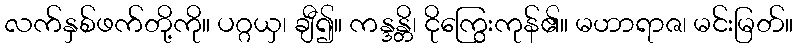
လက်နှစ်ဖက်တို့ကို။ ပဂ္ဂယှ၊ ချီ၍။ ကန္ဒန္တိ၊ ငိုကြွေးကုန်၏။ မဟာရာဇ၊ မင်းမြတ်။